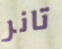
تانر